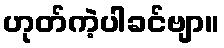
ဟုတ်ကဲ့ပါခင်ဗျာ။